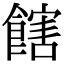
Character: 𩝛